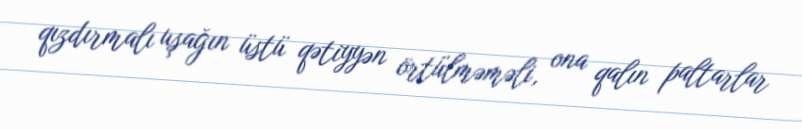
qızdırmalı uşağın üstü qətiyyən örtülməməli, ona qalın paltarlar